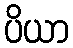
ပိယာ